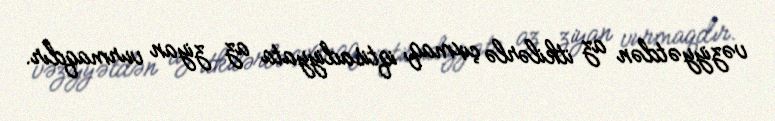
vəziyyətdən az itkilərlə çıxmaq, iqtisadiyyata az ziyan vurmaqdır.